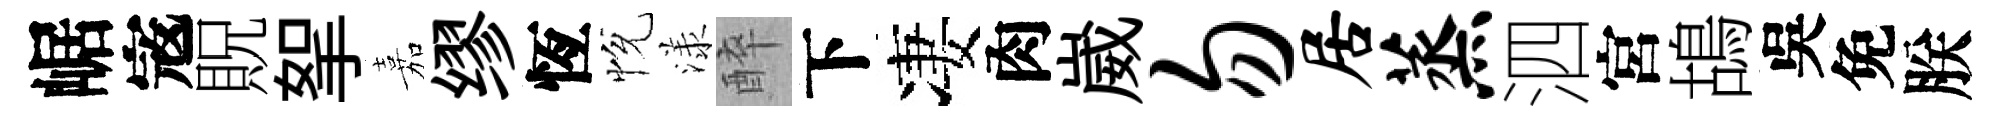
崌𡨥貺挐嘉缪恆恱漾醉下凄肉崴勿居蒸泗宮鴣吳免朕